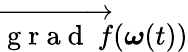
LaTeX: \overrightarrow{\mathrm{~g~r~a~d~}~f}(\boldsymbol{\omega}(t))